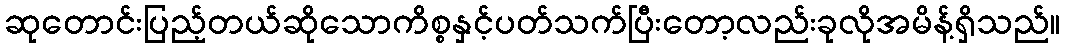
ဆုတောင်းပြည့်တယ်ဆိုသောကိစ္စနှင့်ပတ်သက်ပြီးတော့လည်းခုလိုအမိန့်ရှိသည်။